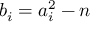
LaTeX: b _ { i } = a _ { i } ^ { 2 } - n